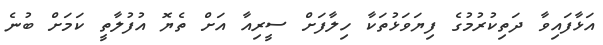
އަޅާފައިވާ ދަތިކުރުމުގެ ފިޔަވަޅުތަކާ ހިލާފަށް ސީރިއާ އަށް ތެޔޮ އުފުލާތީ ކަމަށް ބުނެ